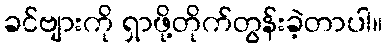
ခင်ဗျားကို ရှာဖို့တိုက်တွန်းခဲ့တာပါ။